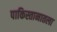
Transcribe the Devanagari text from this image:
पाकिस्तानातला